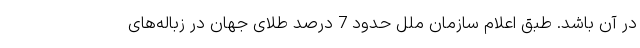
در آن باشد. طبق اعلام سازمان ملل حدود 7 درصد طلای جهان در زباله‌های